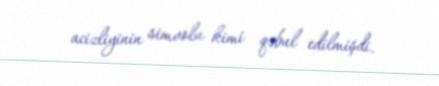
acizliyinin simvolu kimi qəbul edilmişdi.